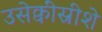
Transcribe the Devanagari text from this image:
उसेक्वींस्रीशे